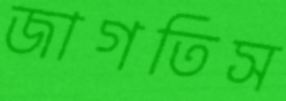
জাগতিস